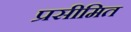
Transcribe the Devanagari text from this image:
प्रसीमित